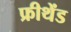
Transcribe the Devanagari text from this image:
फ्रीथेंड